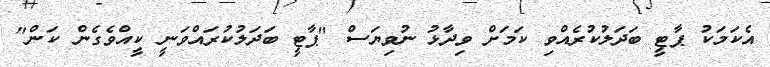
އެކަމަކު ޕާޓީ ބަދަލުކުރެއްވި ކަމަށް ވިދާޅު ނުވިޔަސް "ޕާޓީ ބަދަލުކުރައްވަނީ ކީއްވެގެން ކަން"